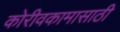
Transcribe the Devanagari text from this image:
कोरीवकामासाठी